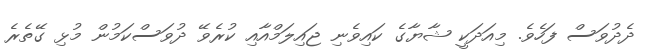
ދެދުވަސް ފަހެވެ. މިއަދަކީ ޝާޔާގެ ކައިވެނި ޖައިލަމްއާއި ކުރެވޭ ދުވަސްކަމުން މުޅި ގޭތެރެ